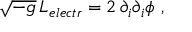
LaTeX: \sqrt { - g } \, { \cal L } _ { e l e c t r } = 2 \, \partial _ { i } \partial _ { i } \phi \ ,